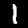
Digit: 1